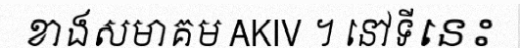
ខាងសមាគម AKIV ។ នៅទីនេះ